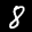
Label: 8